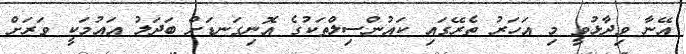
އޭނާ ވިދާޅުވީ މި އަހަރު ތެރޭގައި ކައުންސިލްތަކުގެ އޮނިގަނޑަށް ބަދަލު އައުމަކީ ވަރަށް